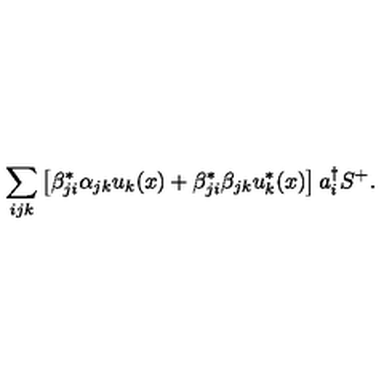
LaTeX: \sum _ { i j k } \left[ \beta _ { j i } ^ { * } \alpha _ { j k } u _ { k } ( x ) + \beta _ { j i } ^ { * } \beta _ { j k } u _ { k } ^ { * } ( x ) \right] a _ { i } ^ { \dag } S ^ { + } .